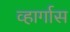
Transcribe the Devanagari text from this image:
व्हार्गास